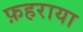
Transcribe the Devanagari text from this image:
फ़हराया